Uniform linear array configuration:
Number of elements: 4
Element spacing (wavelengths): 1
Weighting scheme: blackman
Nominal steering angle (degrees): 45
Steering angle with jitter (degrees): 44.708
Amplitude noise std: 0.05
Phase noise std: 0.05

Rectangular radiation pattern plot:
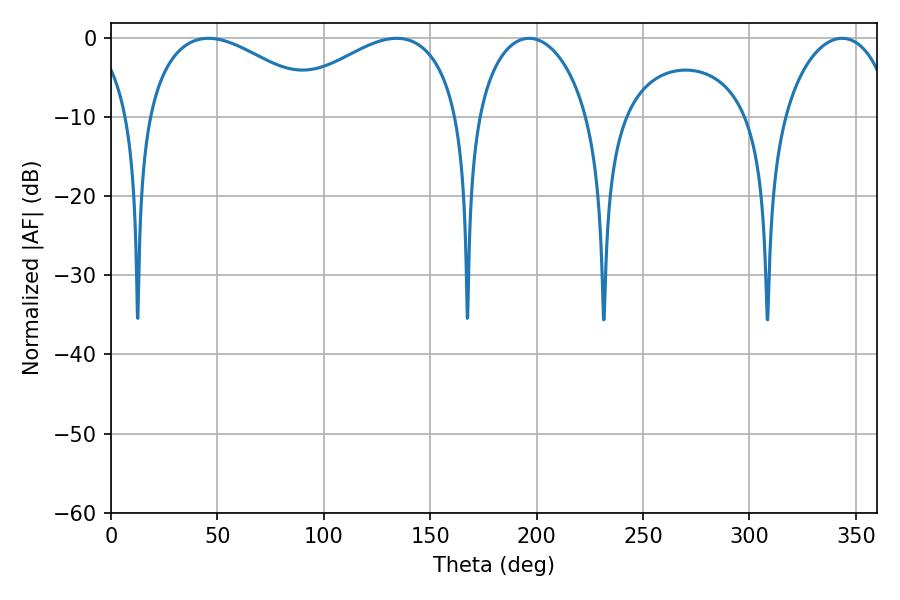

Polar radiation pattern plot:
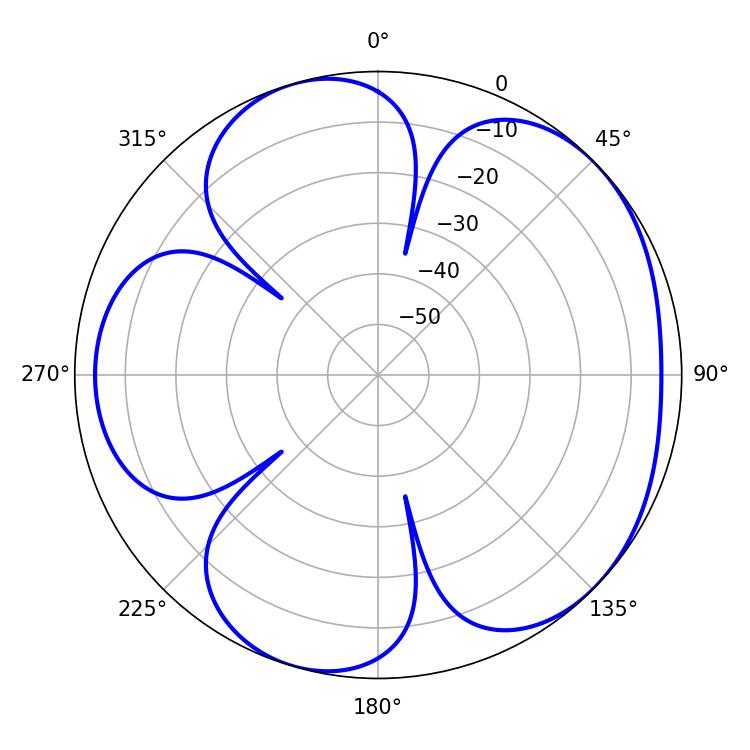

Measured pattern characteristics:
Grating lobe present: TRUE
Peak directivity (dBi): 4.864
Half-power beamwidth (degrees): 47.16
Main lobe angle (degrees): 45.72